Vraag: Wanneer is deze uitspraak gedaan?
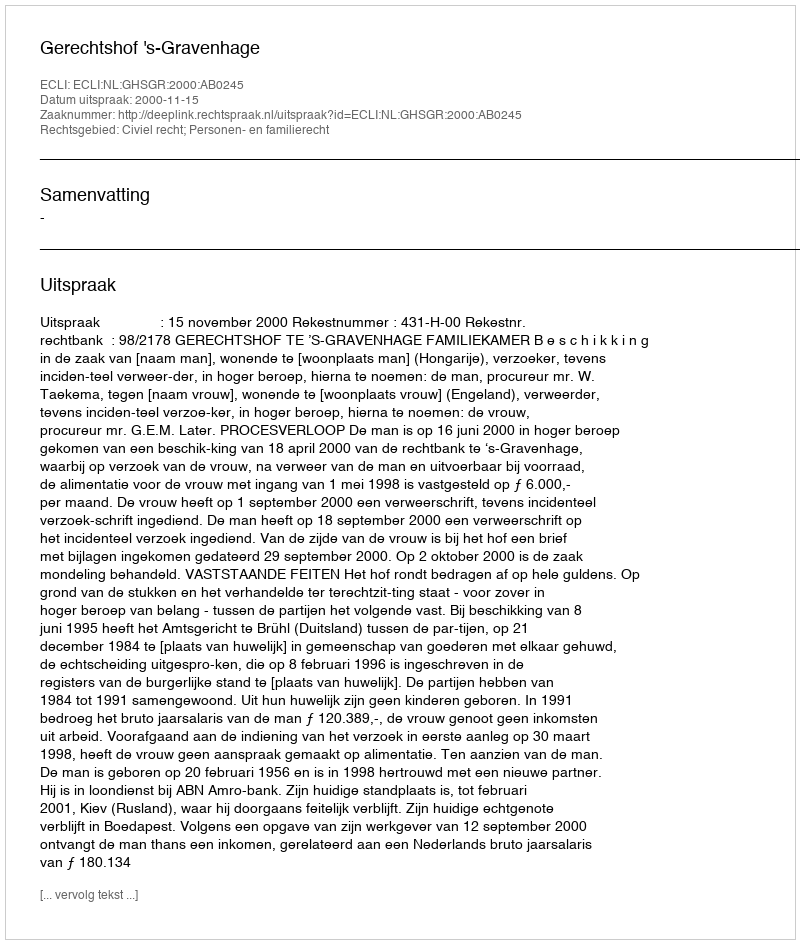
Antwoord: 2000-11-15